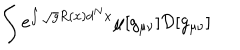
LaTeX: \int e ^ { \int \sqrt { g } R ( x ) d ^ { N } x } \mu [ g _ { \mu \nu } ] { \cal D } [ g _ { \mu \nu } ]